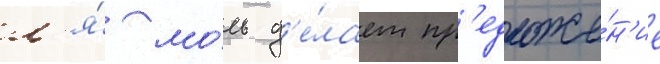
л'я́ мо́ль д'е́лает пр'едложе́н'ие